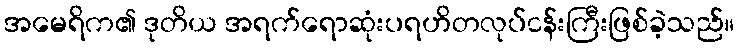
အမေရိက၏ ဒုတိယ အရက်ရောဆုံးပရဟိတလုပ်ငန်းကြီးဖြစ်ခဲ့သည်။